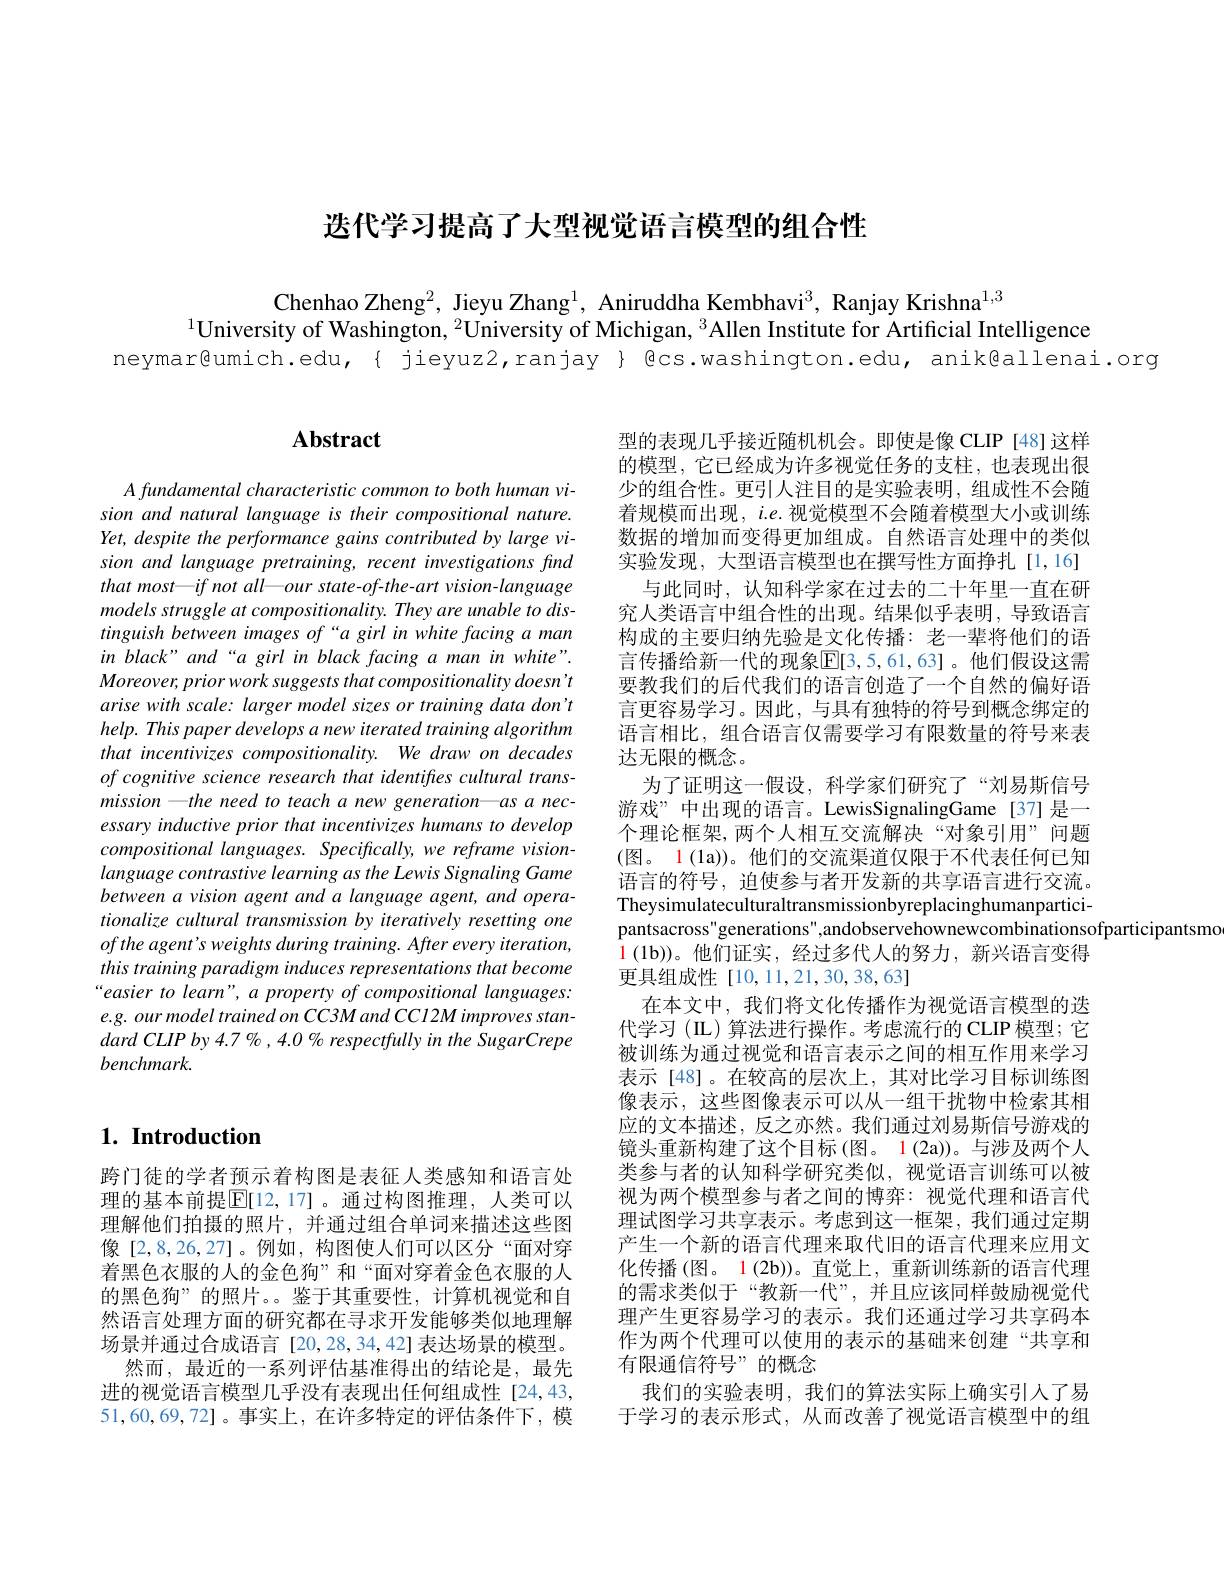
选代学习提高了大型视觉语言模型的组合性

Chenhao Zheng$^{2}$, Jieyu Zhang$^{1}$, Aniruddha Kembhavi$^{3}$, Ranjay Krishna$^{1,3}$
$^{1}$University of Washington, $^{2}$University of Michigan, $^{3}$Allen Institute for Artificial Intelligence
neymar@umich.edu,{ jieyuz2,ranjay } @cs.washington.edu, anik@allenai.org

## $\mathbf{Abstract}$

$A\textit{fundamental characteristic common to both human vi- }$ sion and natural language is their compositional nature. Yet, despite the performance gains contributed by large vision and language pretraining, recent investigations find that most—if not all—our state-of-the-art vision-language models struggle at compositionality. They are unable to distinguish between images of“a girl in white facing a man in black" and“a girl in black facing a man in white”. Moreover, prior work suggests that compositionality doesn' t arise with scale: larger model sizes or training data don' t help. This paper develops a new iterated training algorithm that incentivizes compositionality. We draw on decades of cognitive science research that identifies cultural transmission —the need to teach a new generation—as a necessary inductive prior that incentivizes humans to develop compositional languages. Specifically, we reframe visionlanguage contrastive learning as the Lewis Signaling Game between a vision agent and a language agent, and operationalize cultural transmission by iteratively resetting one ofthe agent's weights during training. After every iteration, this training paradigm induces representations that become “easier to learn”, a property of compositional languages: e.g. our model trained on CC3M and CC12M improves standard CLIP by 4.7 % , 4.0 % respectfully in the SugarCrepe benchmark.

## $1. \textbf{ Introduction}$

跨门徒的学者预示着构图是表征人类感知和语言处理的基本前提$\mathbb{E}[12,17]$。通过构图推理，人类可以理解他们拍摄的照片，并通过组合单词来描述这些图像[2,8,26,27]。例如，构图使人们可以区分“面对穿着黑色衣服的人的金色狗”和“面对穿着金色衣服的人的黑色狗”的照片。。鉴于其重要性，计算机视觉和自然语言处理方面的研究都在寻求开发能够类似地理解场景并通过合成语言[20,28,34,42]表达场景的模型。
然而，最近的一系列评估基准得出的结论是，最先进的视觉语言模型几乎没有表现出任何组成性[24,43, 51,60,69,72]。事实上，在许多特定的评估条件下，模

型的表现几乎接近随机机会。即使是像 CLIP[48]这样的模型，它已经成为许多视觉任务的支柱，也表现出很少的组合性。更引人注目的是实验表明，组成性不会随着规模而出现，$i.e.$视觉模型不会随着模型大小或训练数据的增加而变得更加组成。自然语言处理中的类似实验发现，大型语言模型也在撰写性方面挣扎[1,16]
与此同时，认知科学家在过去的二十年里一直在研究人类语言中组合性的出现。结果似乎表明，导致语言构成的主要归纳先验是文化传播：老一辈将他们的语言传播给新一代的现象$\mathbb{E}[3,5,61,63]$。他们假设这需要教我们的后代我们的语言创造了一个自然的偏好语言更容易学习。因此，与具有独特的符号到概念绑定的语言相比，组合语言仅需要学习有限数量的符号来表达无限的概念。
为了证明这一假设，科学家们研究了“刘易斯信号游戏”中出现的语言。LewisSignalingGame[37]是一个理论框架，两个人相互交流解决“对象引用”问题(图。1 (la))。他们的交流渠道仅限于不代表任何已知语言的符号，迫使参与者开发新的共享语言进行交流。Theysimulateculturaltransmissionbyreplacinghumanparticipantsacross"generations",andobservehownewcombinationsofparticipantsmo
$\color{red}{1}$ (1b))。他们证实，经过多代人的努力，新兴语言变得
更具组成性[10,11,21,30,38,63]
在本文中，我们将文化传播作为视觉语言模型的迭代学习(IL)算法进行操作。考虑流行的 CLIP 模型；它被训练为通过视觉和语言表示之间的相互作用来学习表示[48]。在较高的层次上，其对比学习目标训练图像表示，这些图像表示可以从一组干扰物中检索其相应的文本描述，反之亦然。我们通过刘易斯信号游戏的镜头重新构建了这个目标(图。1(2a))。与涉及两个人类参与者的认知科学研究类似，视觉语言训练可以被视为两个模型参与者之间的博弈：视觉代理和语言代理试图学习共享表示。考虑到这一框架，我们通过定期产生一个新的语言代理来取代旧的语言代理来应用文化传播(图。1(2b))。直觉上，重新训练新的语言代理的需求类似于“教新一代”,并且应该同样鼓励视觉代理产生更容易学习的表示。我们还通过学习共享码本作为两个代理可以使用的表示的基础来创建“共享和有限通信符号”的概念
我们的实验表明，我们的算法实际上确实引人了易于学习的表示形式，从而改善了视觉语言模型中的组